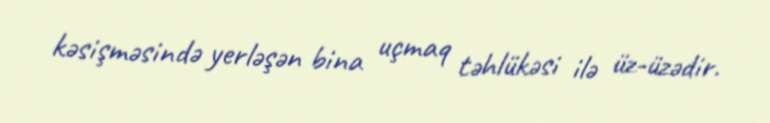
kəsişməsində yerləşən bina uçmaq təhlükəsi ilə üz-üzədir.